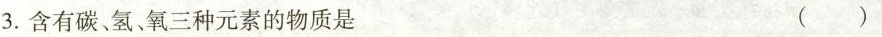
3.含有碳、氢 、氧三种元素的物质是 ( )